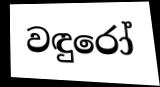
වඳුරෝ